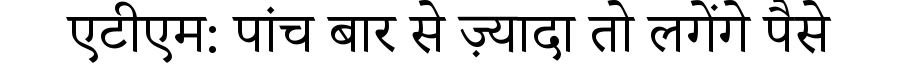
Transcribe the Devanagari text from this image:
एटीएम: पांच बार से ज़्यादा तो लगेंगे पैसे